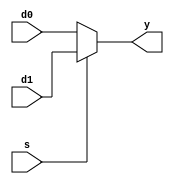
module mx2_32bits(d0,d1,s,y); // this module makes 32bits 2 to 1 multiplexer
input [31:0] d0,d1; // define 32 bits input d0,d1
input s; // define input s
output [31:0] y; // define 32 bits output y

// y = sbar * d0 + s * d1, sbar means inverse to s
assign y = (s == 0) ? d0 : d1; // so, So, if s is 0, it depends on the value of d0, and if s is 1, the result depends on the value of d1.

endmodule // end of module